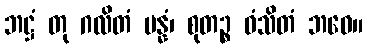
ဘဋ္ဌံ တု ဂလိတံ ပန္နံ၊ စုတဉ္စ ဓံသိတံ ဘဝေ။